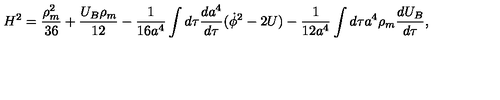
H ^ { 2 } = \frac { \rho _ { m } ^ { 2 } } { 3 6 } + \frac { U _ { B } \rho _ { m } } { 1 2 } - \frac { 1 } { 1 6 a ^ { 4 } } \int d \tau \frac { d a ^ { 4 } } { d \tau } ( \dot { \phi } ^ { 2 } - 2 U ) - \frac { 1 } { 1 2 a ^ { 4 } } \int d \tau a ^ { 4 } \rho _ { m } \frac { d U _ { B } } { d \tau } ,